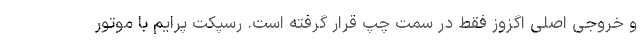
و خروجی اصلی اگزوز فقط در سمت چپ قرار گرفته است. رسپکت پرایم با موتور